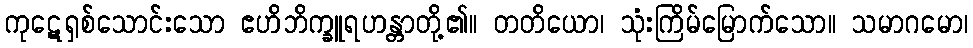
ကုဋေရှစ်သောင်းသော ဧဟိဘိက္ခူရဟန္တာတို့၏။ တတိယော၊ သုံးကြိမ်မြောက်သော။ သမာဂမော၊